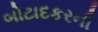
બોટાદકરની